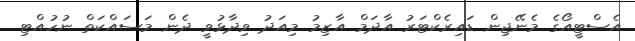
އެސްޓީއޯގެ މެނޭޖިން ޑައިރެކްޓަރު އާދަމް އާޒިމު މިއަދު ވިދާޅުވީ ދެން މަސައްކަތް ނުހުއްޓި